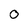
Character: 0